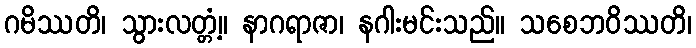
ဂမိဿတိ၊ သွားလတ္တံ့။ နာဂရာဇာ၊ နဂါးမင်းသည်။ သစေဘဝိဿတိ၊